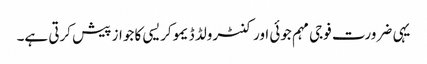
یہی ضرورت فوجی مہم جوئی اور کنٹرولڈ ڈیموکریسی کا جواز پیش کرتی ہے۔